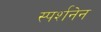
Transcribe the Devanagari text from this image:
स्पर्शनेन